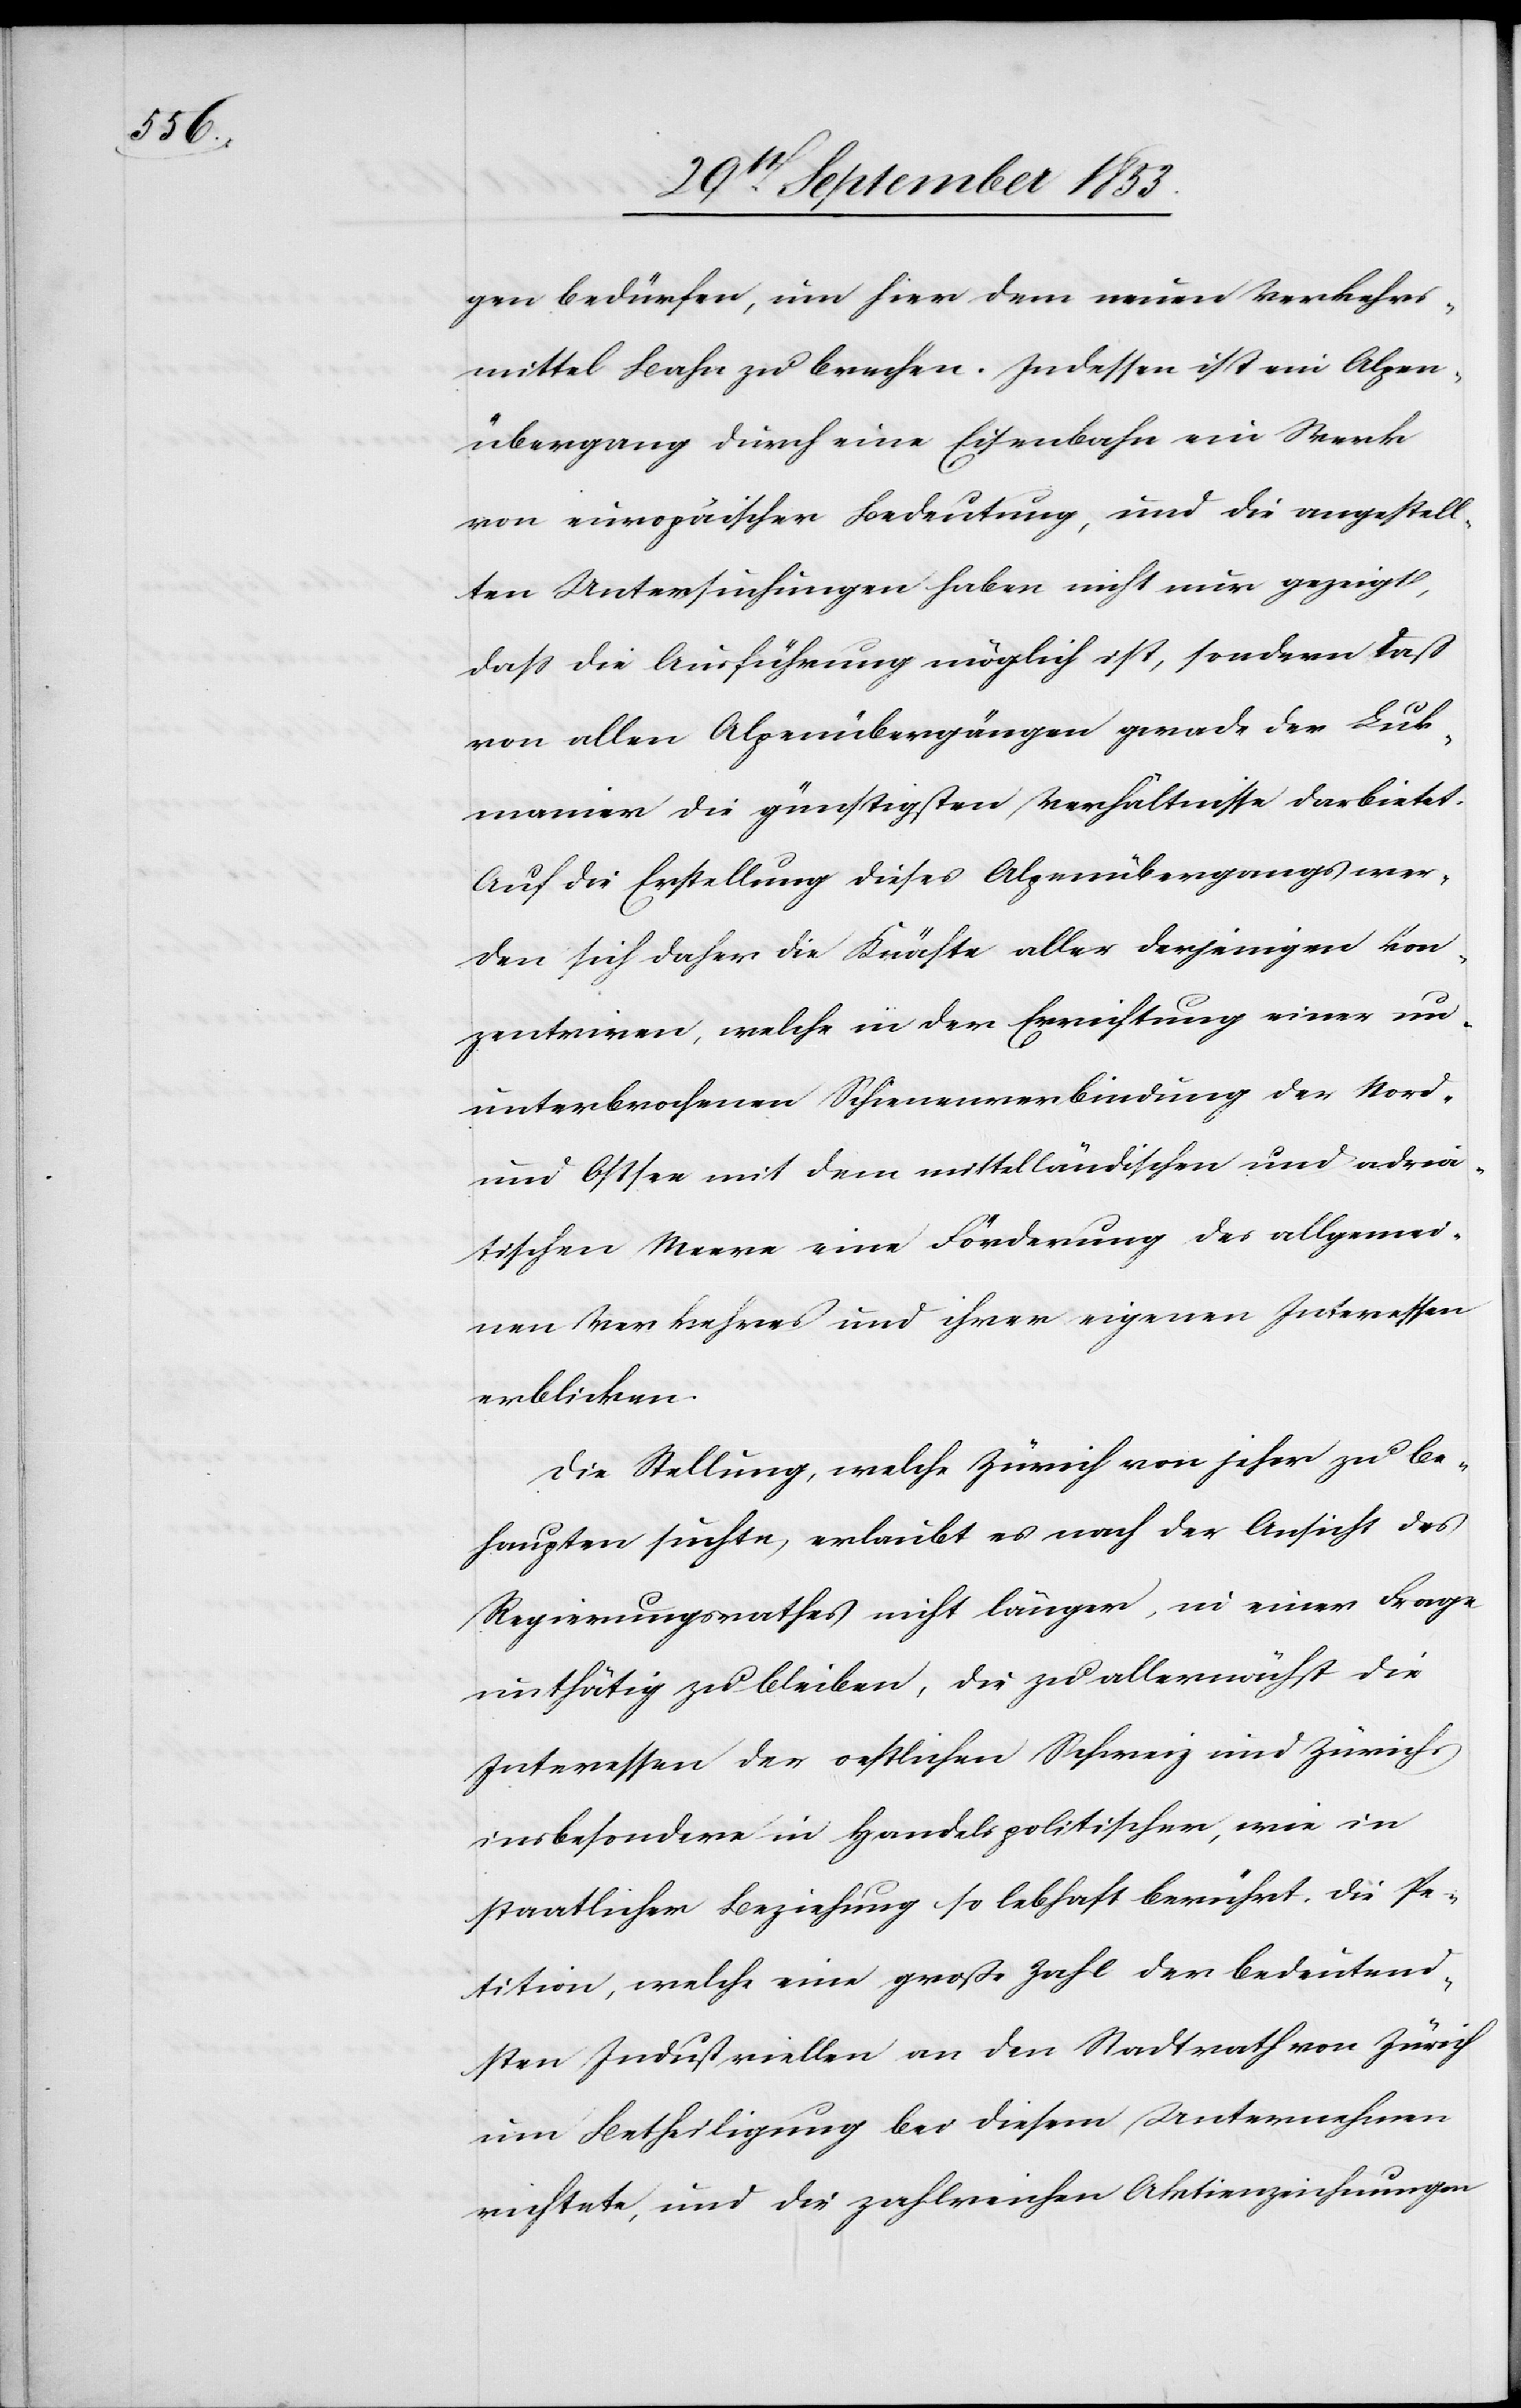
gen bedürfen, um hier dem neuen Verkehrs¬
mittel Bahn zu brechen. Indessen ist ein Alpen¬
übergang durch eine Eisenbahn eine Strecke
von europäischer Bedeutung, und die angestell¬
ten Untersuchungen haben nicht nur gezeigt,
daß die Ausführung möglich ist, sondern daß
von allen Alpenübergängen gerade der Luk¬
manier die günstigsten Verhältnisse darbietet.
Auf die Erstellung dieses Alpenüberganges wer¬
den sich daher die Kräfte aller derjenigen kon¬
zentriren, welche in der Errichtung einer un¬
unterbrochenen Schienenverbindung der Nord-
und Ostsee mit dem mittelländischen und adria¬
tischen Meere eine Förderung des allgemei¬
nen Verkehres und ihrer eigenen Interessen
erblicken.
Die Stellung welche Zürich von jeher zu be¬
haupten suchte, erlaubt es nach der Ansicht des
Regierungsrathes nicht länger, in einer Frage
unthätig zu bleiben, die zu allernächst die
Interessen der oestlichen Schweiz und Zürichs
insbesondere in handelspolitischer, wie in
staatlicher Beziehung so lebhaft berührt. Die Pe¬
tition, welche eine große Zahl der bedeutend¬
sten Industriellen an den Stadtrath von Zürich
um Betheiligung der diesem Unternehmen
richtete, und die zahlreichen Aktienzeichnungen,